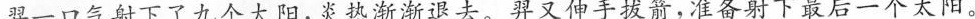
羿一口气射下了九个太阳，炎热渐渐退去。羿又伸手拔箭，准备射下最后一个太阳。